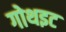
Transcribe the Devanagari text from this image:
गोथइट